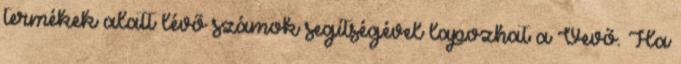
termékek alatt lévő számok segítségével lapozhat a Vevő. Ha